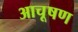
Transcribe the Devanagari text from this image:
आचूषण